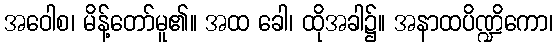
အဝေါစ၊ မိန့်တော်မူ၏။ အထ ခေါ၊ ထိုအခါ၌။ အနာထပိဏ္ဍိကော၊